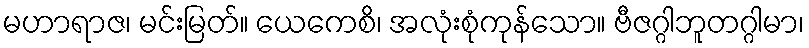
မဟာရာဇ၊ မင်းမြတ်။ ယေကေစိ၊ အလုံးစုံကုန်သော။ ဗီဇဂ္ဂါဘူတဂ္ဂါမာ၊